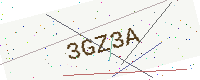
Text: 3GZ3A